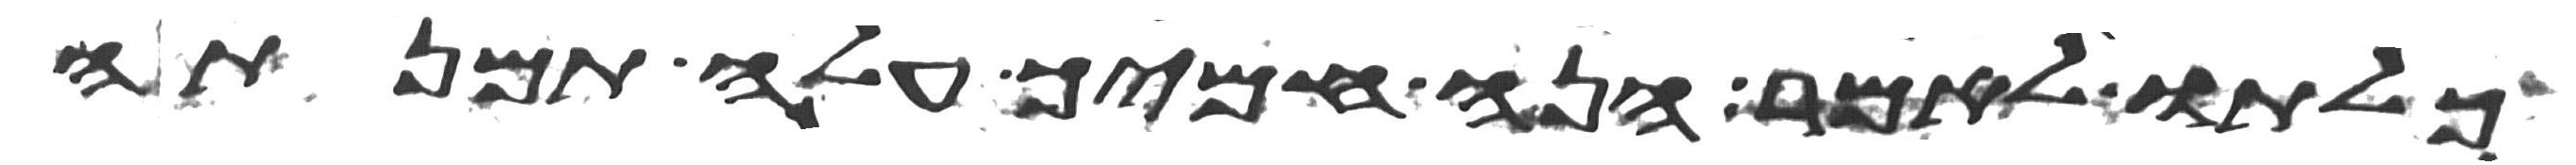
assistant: כלתו לאמר הנה חמיך עלה תמנתה